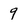
Character: 9